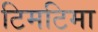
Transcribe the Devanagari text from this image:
टिमटिमा